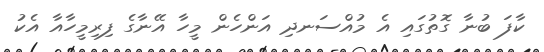
ކާފަ ބުނާ ގޮތުގައި އެ މުއްސަނދި އަންހެން މީހާ އޭނާގެ ފިރިމީހާއާ އެކު